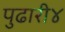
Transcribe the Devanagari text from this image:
पुढारी४